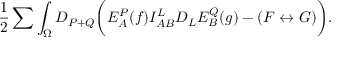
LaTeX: { \frac { 1 } { 2 } } \sum \int _ { \Omega } D _ { P + Q } \biggl ( E _ { A } ^ { P } ( f ) I _ { A B } ^ { L } D _ { L } E _ { B } ^ { Q } ( g ) - ( F \leftrightarrow G ) \biggr ) .